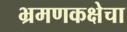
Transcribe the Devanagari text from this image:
भ्रमणकक्षेचा